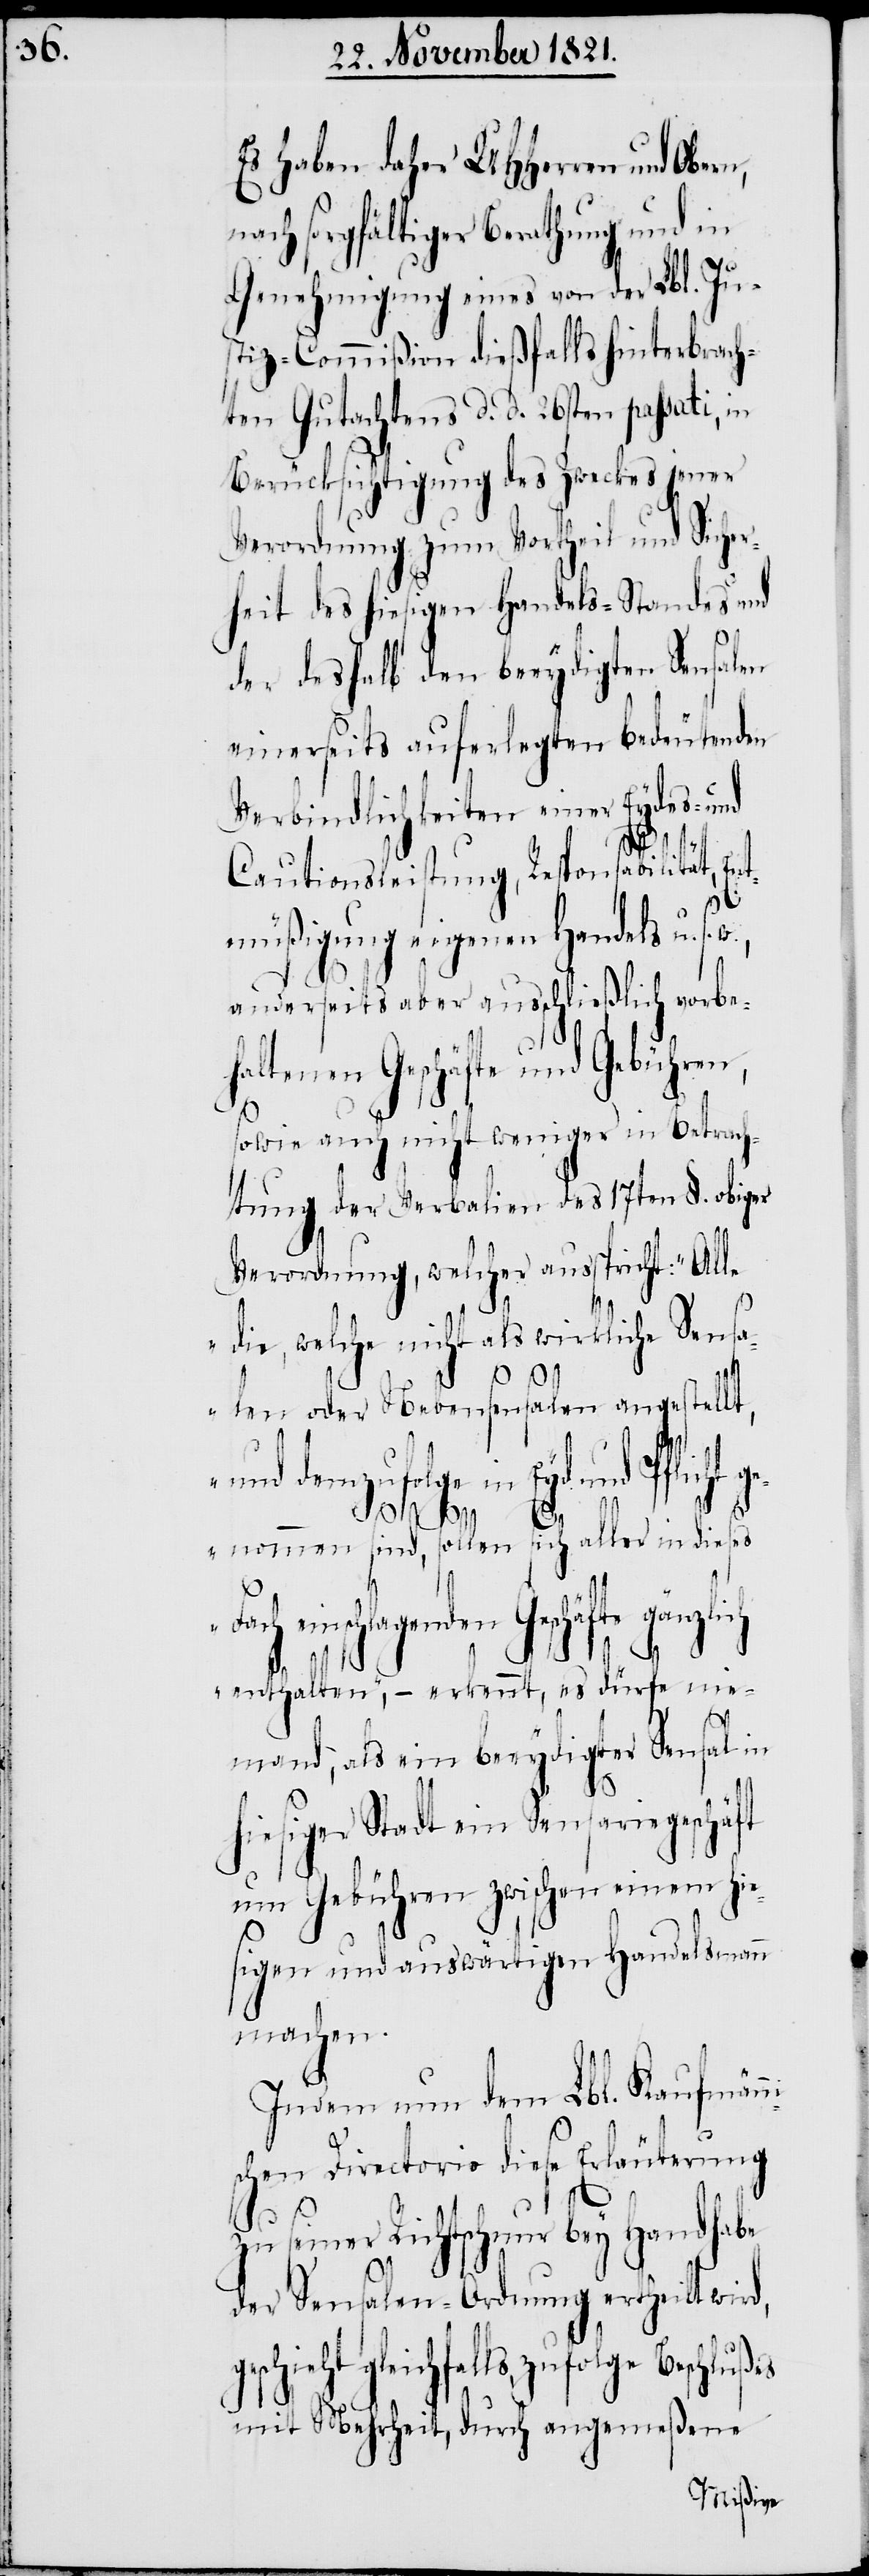
Es haben daher UHHerren und Ober¬
nach sorgfältiger Berathung und in
Genehmigung eines von der Lbl. Ju¬
stiz-Commißion dießfalls hinterbrach¬
ten Gutachtens d. d. 26ten passati, in
Berücksichtigung des Zweckes jener
Verordnung zum Vortheil und Sicher¬
heit des hiesigen Handels-Standes und
der deshalb den beeydigten Sensalen
einerseits auferlegten bedeutenden
Verbindlichkeiten einer Eydes- und
n,
Cautionsleistung, Responsabilität, En¬
tmüßigung eigenen Handels u. s.
anderseits aber ausschließlich vorbe¬
haltenen Geschäfte und Gebühren,
sowie auch nicht weniger in Betrach¬
tung der Verbalien des 17ten §. obiger
Verordnung, welcher ausspricht: „All¬
e die, welche nicht als wirkliche Sensa¬
len oder Nebensensalen angestellt,
und demzufolge in Eyd und
genommen sind, sollen sich aller in dieses
Fach einschlagenden
enthalten“, – erkennt, es dürfe nie¬
mand, als ein beeydigter Sensal in
hiesiger Stadt ein Sensariegeschäft
um Gebühren zwischen einem hie¬
sigen und auswärtigen Handelsmann
machen.
Indem nun dem Lbl. Kaufmänni¬
schen Directorio diese Erläuterung
zu seiner Richtschnur bey Handhabe
der Sensalen-Ordnung ertheilt wird,
gleichfalls, zufolge Beschlußes
mit Mehrheit, durch angemeßene